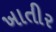
ખાતીર